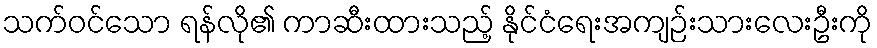
သက်ဝင်သော ရန်လို၏ ကာဆီးထားသည့် နိုင်ငံရေးအကျဉ်းသားလေးဦးကို